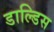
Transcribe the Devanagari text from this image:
डाल्डिस